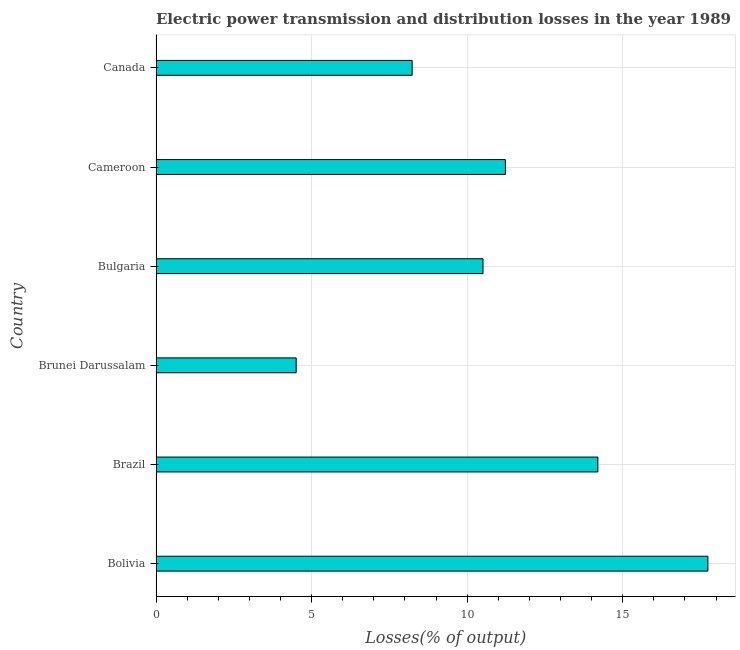
| Country | Electric power transmission and distribution losses |
 | --- | --- |
 | Bolivia | 17.7 |
 | Brazil | 14.2 |
 | Brunei Darussalam | 4.51 |
 | Bulgaria | 10.5 |
 | Cameroon | 11.2 |
 | Canada | 8.23 |